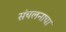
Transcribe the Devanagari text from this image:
संचलनाचा